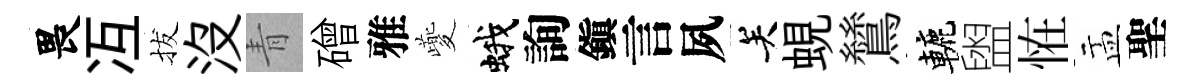
畏冱拔没青磳雅夔蛾詢鎭言夙关蜆鷥轆盥恠盂聖